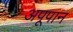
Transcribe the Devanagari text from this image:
अपूपान